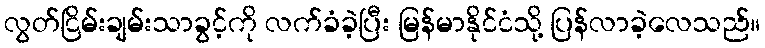
လွတ်ငြိမ်းချမ်းသာခွင့်ကို လက်ခံခဲ့ပြီး မြန်မာနိုင်ငံသို့ ပြန်လာခဲ့လေသည်။